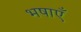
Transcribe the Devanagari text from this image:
भषाएँ